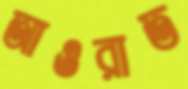
আওরাত